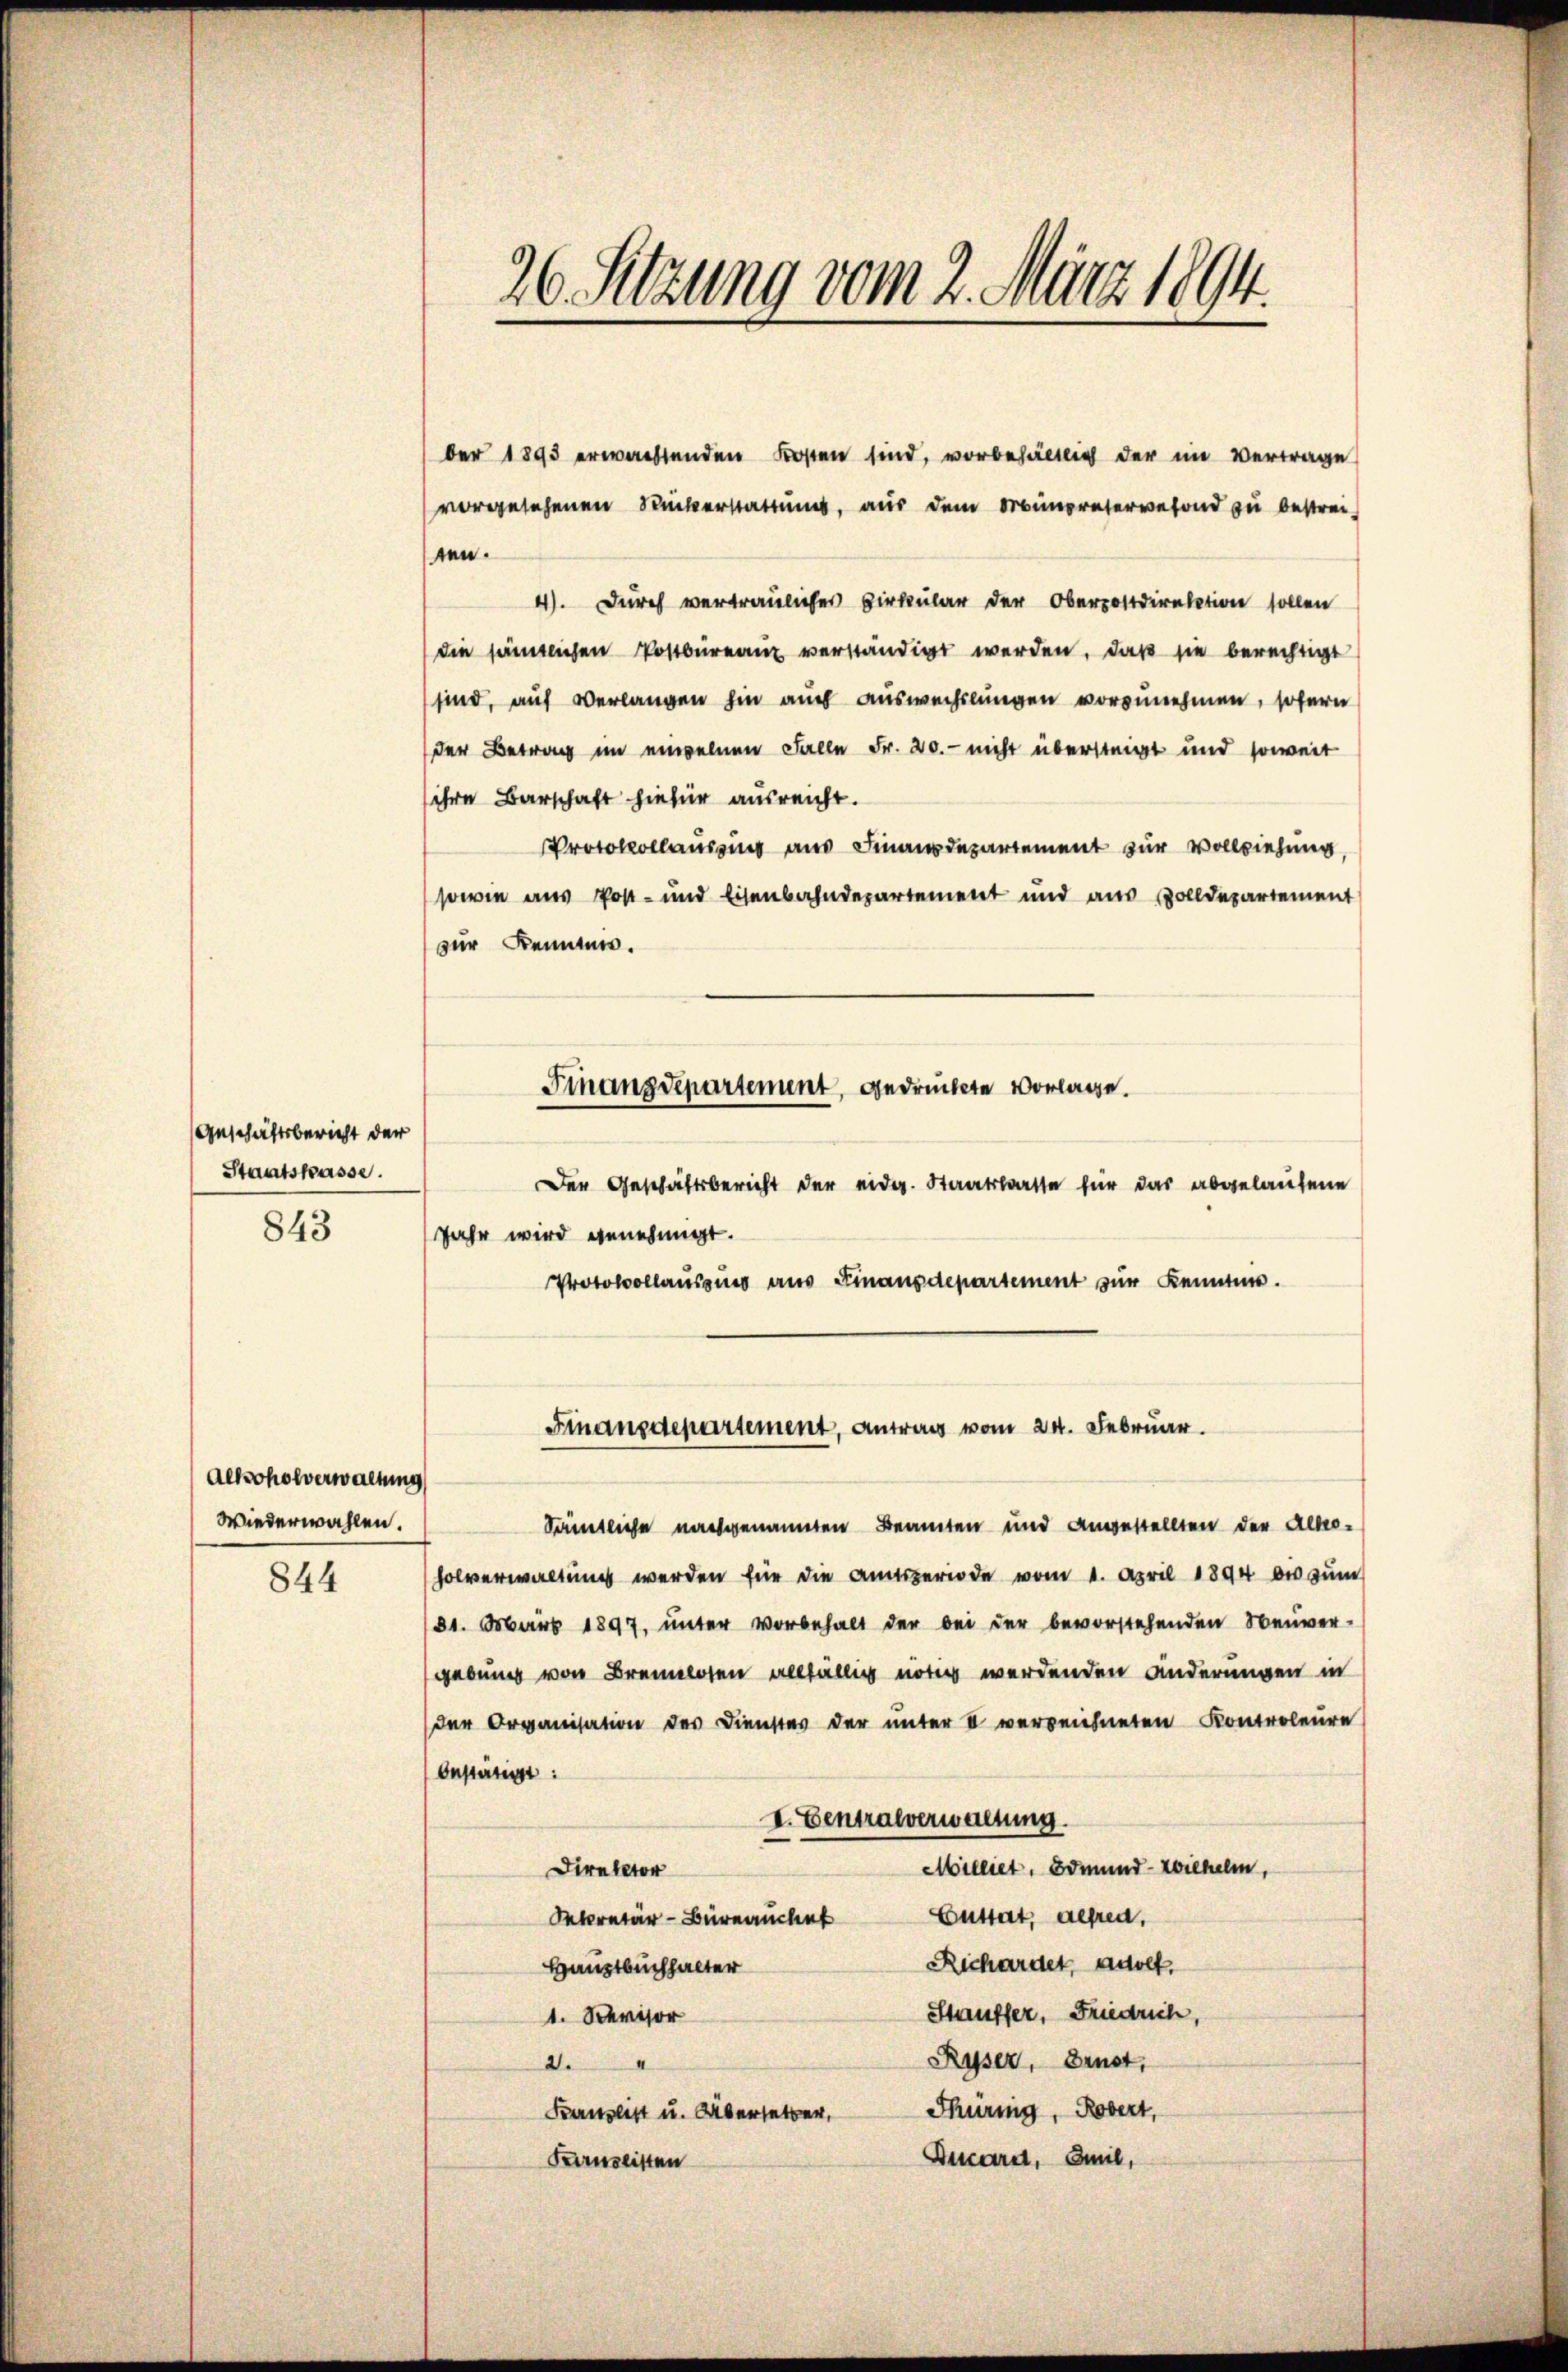
Geschäftsbericht der
Staatskasse.

843

Alkoholverwaltung
Wiederwahlen.

844

26. Sitzung vom 2. März 1894.

ber 1895 erwachtenden Kosten sind, vorbehältlich der im Vertrage
vorgesehenen Ruckerstattung, aus dem Minpretervefond zu bestrei-
ten.
4). Durch vertrauliches Cirkular der Oberpostdirektion sollen
die sämtlichen Postbüreau verständigt werden, daß sie berechtigt
sind, auf Verlangen hin auch auswechslungen vorzunehmen, sofern
der Betrag im einzelnen Falle Fr. 20. nicht übersteigt und soweit
ihre Barschaft hiefür ausreicht.
Protokollausung am Finanzdepartement zur Vollziehung,
sowie aus Post- und Eisenbahndepartement und aus Zolldepartement
zur Kennten.
Finanzdepartement, gedruckte Vorlage.
Der Geschäftsbericht der eidg. Staatsbarste für das abgelaufene
Jahr wird genehmigt.
Protocollausung aus Finanzdepartement zur Kenntnis.

Sämtliche nachgenannten Beamten und angestellten der Allo-
holverwaltung werden für die Amtsperiode vom 1. April 1894 bis zum
31. Mai 1897, unter Vorbehalt der bei der bevorstehenden Neuver-
gebung von Brennlosen allfällig nötig werdenden änderungen in
der Organisation des Dienstes der unter II verzeichneten Kontroleure
Anstätigt:
I. Centralverwaltung
Milliet, Edmund-Eviechelm,
Direktor
Sekretär-Büreauche Gustat, alfred,
Richardet, anset.
Haustbuchhalter
Stauffer, Friedrich,
1. Sevisor
Russer, Brust,
.
Thüring, Robert,
Franzlist u. Übersetzer,
Deuard, Emil,
Kauslisten

Finanzdepartement, Antrag vom 24. Februar.